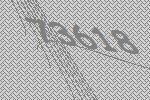
73618